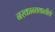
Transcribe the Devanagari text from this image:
नरकान्तकतीर्थ